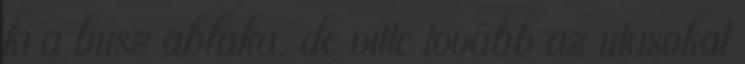
ki a busz ablaka, de vitte tovább az utasokat